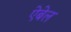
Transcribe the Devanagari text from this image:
ऐबेल